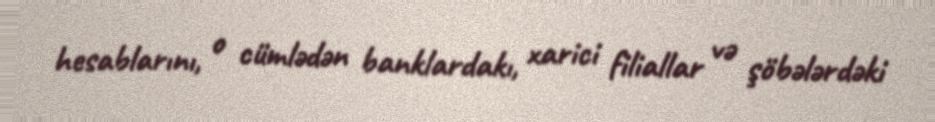
hesablarını, o cümlədən banklardakı, xarici filiallar və şöbələrdəki